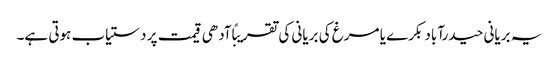
یہ بریانی حیدرآباد بکرے یا مرغ کی بریانی کی تقریبًا آدھی قیمت پر دستیاب ہوتی ہے۔